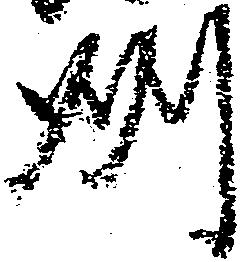
州